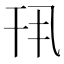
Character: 𫷖